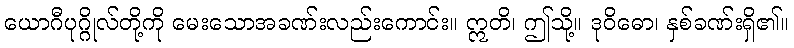
ယောဂီပုဂ္ဂိုလ်တို့ကို မေးသောအခဏ်းလည်းကောင်း။ ဣတိ၊ ဤသို့။ ဒုဝိဓော၊ နှစ်ခဏ်းရှိ၏။